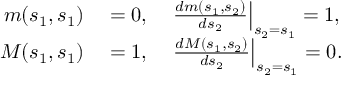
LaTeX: \begin{array} { r l } { m ( s _ { 1 } , s _ { 1 } ) } & { { } = 0 , \quad \left. { \frac { d m ( s _ { 1 } , s _ { 2 } ) } { d s _ { 2 } } } \right| _ { s _ { 2 } = s _ { 1 } } = 1 , } \\ { M ( s _ { 1 } , s _ { 1 } ) } & { { } = 1 , \quad \left. { \frac { d M ( s _ { 1 } , s _ { 2 } ) } { d s _ { 2 } } } \right| _ { s _ { 2 } = s _ { 1 } } = 0 . } \end{array}